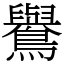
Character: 鸒